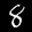
Label: 8